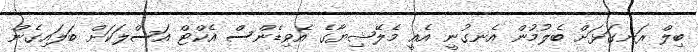
ބިލް ރަނގަޅަށް ބެލުމުން އެނގުނީ އެއީ މެލޭޝިޔާގެ އެވިޑެންސް އެކްޓް އަސްލަކަށް ބަލައިގެން